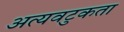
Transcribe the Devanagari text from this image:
अत्यवटुकता